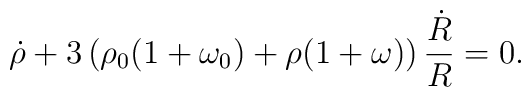
\dot{\rho}+3 \left( \rho_0 (1+\omega_0)+\rho (1+\omega ) \right)\frac{\dot{R}}{R} = 0.